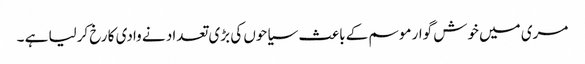
مری میں خوش گوار موسم کے باعث سیاحوں کی بڑی تعداد نے وادی کا رخ کرلیا ہے ۔